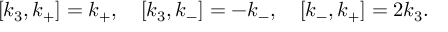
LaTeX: [ k _ { 3 } , k _ { + } ] = k _ { + } , \quad [ k _ { 3 } , k _ { - } ] = - k _ { - } , \quad [ k _ { - } , k _ { + } ] = 2 k _ { 3 } .